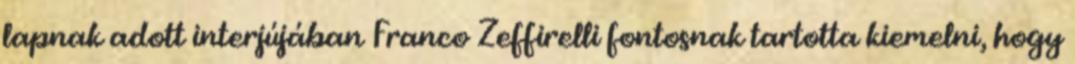
lapnak adott interjújában Franco Zeffirelli fontosnak tartotta kiemelni, hogy